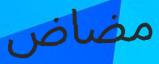
مضاض